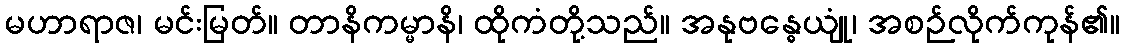
မဟာရာဇ၊ မင်းမြတ်။ တာနိကမ္မာနိ၊ ထိုကံတို့သည်။ အနုဗန္ဓေယျုံ၊ အစဉ်လိုက်ကုန်၏။